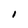
Character: I